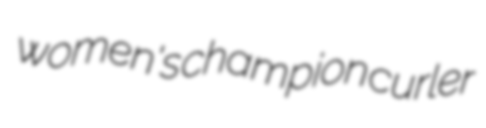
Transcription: women's champion curler